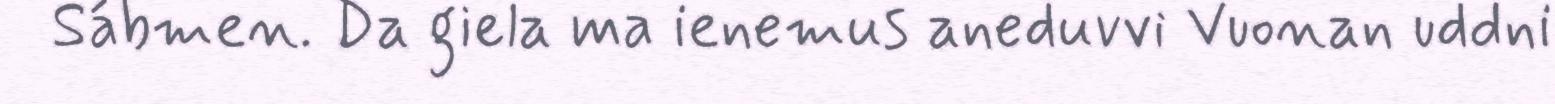
Sábmen. Da giela ma ienemus aneduvvi Vuonan uddni